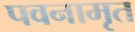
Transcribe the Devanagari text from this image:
पवनामृत